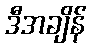
ဒီအချိန်